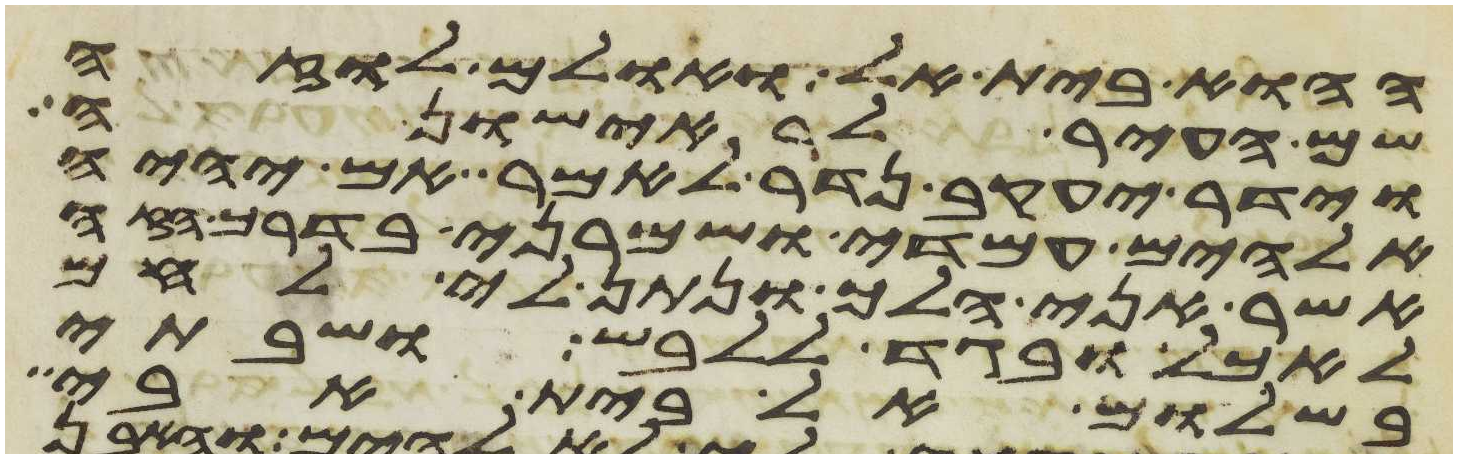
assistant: ההוא בית אל ואולם לוזה
שם העיר לראישונה
וידר יעקב נדר לאמר אם יהיה
אלהים עמדי ושמרני בדרך הזה
אשר אני הלך ונתן לי לחם
לאכל ובגד ללבש ושבתי
בשלום אל בית אבי